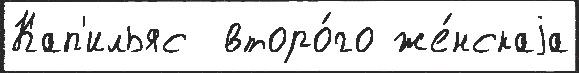
Кап'ильяс  второ́го же́нскаjа